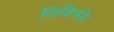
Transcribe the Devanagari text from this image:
निकिफोर